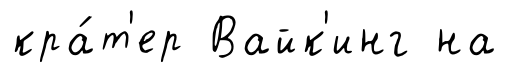
кра́т'ер Вайк'инг на